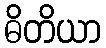
ဓိတိယာ